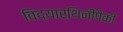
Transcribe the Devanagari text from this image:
विद्यार्थिनींपैकी